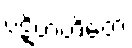
ပဋိဗာဟိတေ